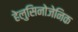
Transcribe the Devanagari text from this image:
हेलुसिनोजेनिक